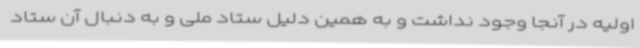
اولیه در آنجا وجود نداشت و به همین دلیل ستاد ملی و به دنبال آن ستاد